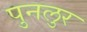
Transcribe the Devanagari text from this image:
पुनलुर